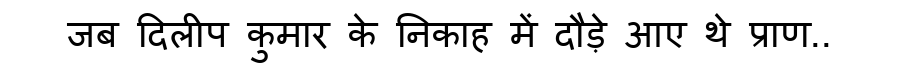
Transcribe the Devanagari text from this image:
जब दिलीप कुमार के निकाह में दौड़े आए थे प्राण..